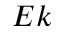
E k